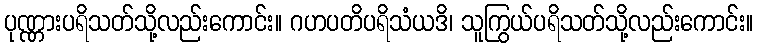
ပုဏ္ဏားပရိသတ်သို့လည်းကောင်း။ ဂဟပတိပရိသံယဒိ၊ သူကြွယ်ပရိသတ်သို့လည်းကောင်း။